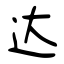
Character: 达